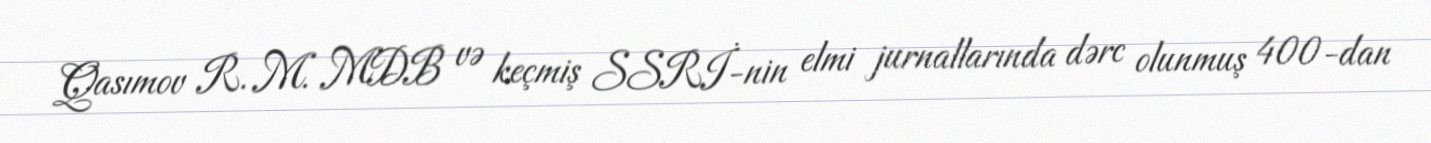
Qasımov R. M. MDB və keçmiş SSRİ-nin elmi jurnallarında dərc olunmuş 400-dan